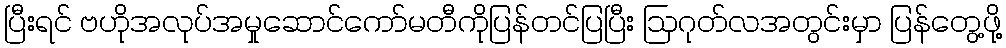
ပြီးရင် ဗဟိုအလုပ်အမှုဆောင်ကော်မတီကိုပြန်တင်ပြပြီး ဩဂုတ်လအတွင်းမှာ ပြန်တွေ့ဖို့